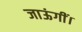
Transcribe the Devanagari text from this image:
जाऊंगीं।